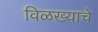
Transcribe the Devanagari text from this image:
विळख्याचे